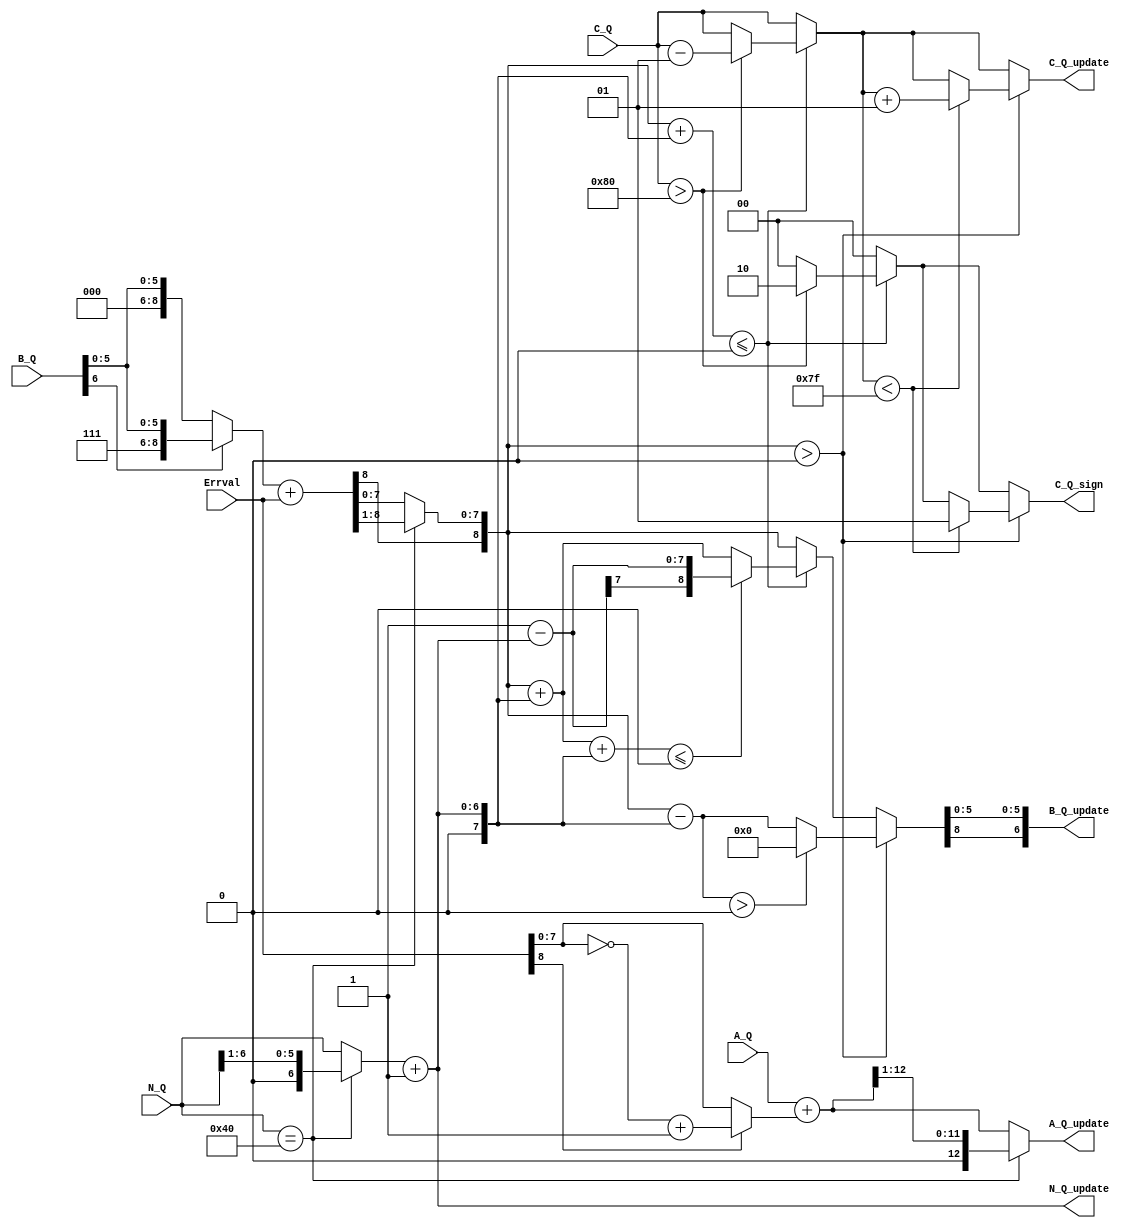
module context_update(  Errval,A_Q, B_Q, C_Q, N_Q, 
                      A_Q_update, B_Q_update, C_Q_update, 
							 N_Q_update,C_Q_sign );
     
	 input signed [8:0] Errval;
    input [12:0] A_Q;
    input signed [6:0] B_Q;
    input signed[7:0] C_Q;
    input [6:0] N_Q;
    output [12:0] A_Q_update;
    output signed [6:0] B_Q_update;
    output [7:0] C_Q_update;
    output signed [6:0] N_Q_update;
	 output [1:0] C_Q_sign;
	 
	  
	 
	 
	 wire [12:0] abs_Errval;
	 
	 wire [12:0] A_Q1,A_Q2;
    wire signed [8:0] B_Q1,B_Q2,B_Q3,B_Q4,B_Q5,B_Q6;
    wire signed[7:0] C_Q1,C_Q2;
    wire [6:0] N_Q1,N_Q2;
	 
	 wire signed [8:0] N_temp;
	 wire [1:0] C_Q_sign1,C_Q_sign2;  //C11
	                                  //0
												 //11
												 //21
	 wire signed[8:0]  B_Q_temp;
	 
	 assign #1 B_Q_temp=(B_Q[6]==1'b0)?{B_Q[6],2'b00,B_Q[5:0]}:{B_Q[6],2'b11,B_Q[5:0]};
	 
	 assign #1 abs_Errval=(Errval[8]==0)?({4'b0000,Errval[8:0]}):({5'b00000,(~Errval[7:0]+8'b0000_0001)});
	 // A 6.1 update
	 assign #1 A_Q1=A_Q+abs_Errval;
	 assign #1 A_Q2=(N_Q==64)?(A_Q1>>1):A_Q1;
	 
	 assign #1 B_Q1=B_Q_temp+Errval;
	 assign #1 B_Q2=(N_Q==64)?(B_Q1>>>1):B_Q1;
	 
	 assign #1 N_Q1=(N_Q==64)?(N_Q>>1):N_Q;
	 assign #1 N_Q2=N_Q1+1;
	 
	 assign #1 N_temp={2'b00,N_Q2};
	 //A 6.2 Bias computation

    assign #1 B_Q3=B_Q2+N_temp;
	 assign #1 B_Q5=B_Q2-N_temp;
	 
	 assign #1 B_Q4=((B_Q2+ N_temp)<=0)?(((B_Q3+ N_temp)<=0)?(9'b0000_0000_1- N_temp):B_Q3):B_Q2;
	 assign #1 B_Q6=(B_Q2>0)?((B_Q5>0)?0:B_Q5):B_Q4;
 
    assign #1 C_Q1=((B_Q2+ N_temp)<=0)?((C_Q>-128)?C_Q-1:C_Q):C_Q;
	 assign #1 C_Q2=(B_Q2>0)?((C_Q1<127)?(C_Q1+1):C_Q1):C_Q1;
	 
	 assign #1 C_Q_sign1=((B_Q2+ N_temp)<=0)?((C_Q>-128)?2:0):0;
	 assign #1 C_Q_sign2=(B_Q2>0)?((C_Q1<127)?1:C_Q_sign1):C_Q_sign1;


     assign  #1 A_Q_update=A_Q2;
	  assign  #1 B_Q_update={B_Q6[8],B_Q6[5:0]};
	  assign  #1 C_Q_update=C_Q2;
	  assign  #1 N_Q_update=N_Q2;
	  assign  #1 C_Q_sign=C_Q_sign2;
   
	
endmodule